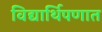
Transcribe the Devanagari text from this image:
विद्यार्थिपणात